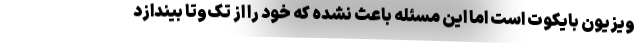
ویزیون بایکوت است اما این مسئله باعث نشده که خود را از تک‌وتا بیندازد